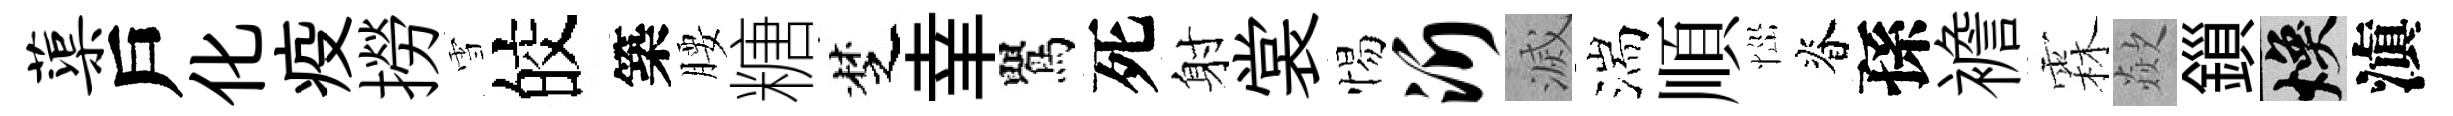
蕖戶化疫撈雪皎築腰糖椘𦍒鸎死射裳惕沂滅湍順𢙉脊孫襜霖歘鎻焕滇